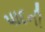
પાદની